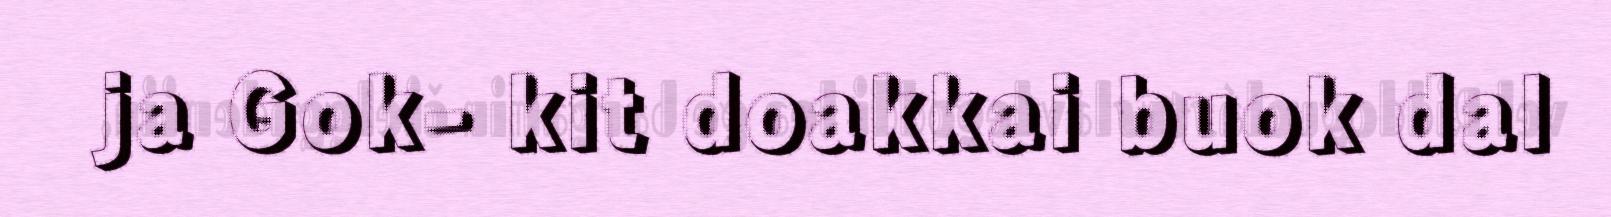
ja Gok- kit doakkai buok dal